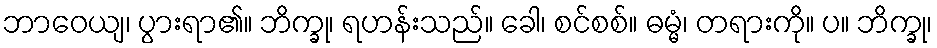
ဘာဝေယျ၊ ပွားရာ၏။ ဘိက္ခု၊ ရဟန်းသည်။ ခေါ၊ စင်စစ်။ ဓမ္မံ၊ တရားကို။ ပ။ ဘိက္ခု၊